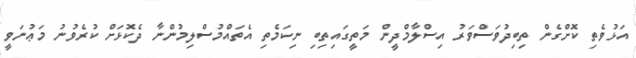
އަޅުވެތި ކޮށްގެން ތިބިދުވަސްވަރު އިސްލާމްދީން މަތީގައިތިބި ނިކަމެތި އެތައްމުސްލިމުންނާ ދެކޮޅަށް ކުރެވުނު މަޢުނަވީ